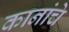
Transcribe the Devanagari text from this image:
कानांचे